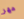
مهر